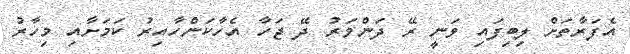
އެފަރާތަށް ލިބިފައި ވަނީ ރޭ ދަންވަރު ދޭ ޖަހާ އެހާކަންހާއިރު ކަމަށާއި މިހާރު